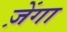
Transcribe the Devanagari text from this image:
ज़ेंगा